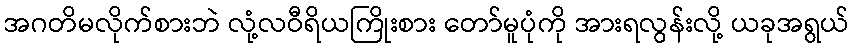
အဂတိမလိုက်စားဘဲ လုံ့လဝီရိယကြိုးစား တော်မူပုံကို အားရလွန်းလို့ ယခုအရွယ်